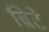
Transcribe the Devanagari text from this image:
ब्रिटे